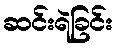
ဆင်းရဲခြင်း